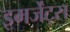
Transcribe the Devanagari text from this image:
इमर्जेंट्स